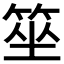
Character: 𥭭